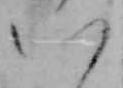
八